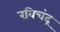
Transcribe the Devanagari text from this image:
रविचंद्र